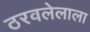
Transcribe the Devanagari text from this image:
ठरवलेलाला